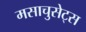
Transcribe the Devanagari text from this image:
मसाचुसेट्स